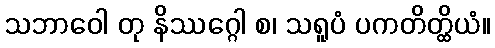
သဘာဝေါ တု နိဿဂ္ဂေါ စ၊ သရူပံ ပကတိတ္ထိယံ။